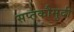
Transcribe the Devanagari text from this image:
सप्तकौमुदी